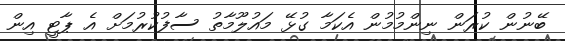
ބޭނުން ކުރަން ނިންމުމުން އެކަމާ ގުޅޭ މައުލޫމާތު ސާފުކުރުމަށް އެ ޕާޓީ އިން